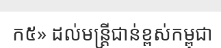
ក៥» ដល់មន្ត្រីជាន់ខ្ពស់កម្ពុជា